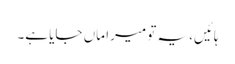
ہائیں، یہ تو میرا ماں جایا ہے۔